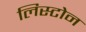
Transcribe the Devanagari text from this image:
लिस्टोन